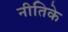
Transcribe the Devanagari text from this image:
नीतिके